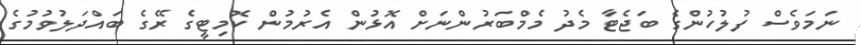
ނަމަވެސް ފުލުހުންގެ ބަޖެޓާ މެދު މެމްބަރުންނަށް އޮޅުން އެރުމުން ކޮމިޓީގެ ރޭގެ ބައްދަލުވުމުގެ